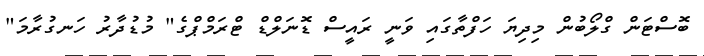
ބޮސްޓަން ގްލޯބުން މިދިޔަ ހަފްތާގައި ވަނީ ރައީސް ޑޮނަލްޑް ޓްރަމްޕްގެ" މުޑުދާރު ހަނގުރާމަ"